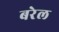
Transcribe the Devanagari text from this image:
बरेल